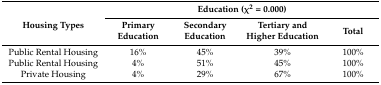
<table><thead><tr><td rowspan="2"><b>Housing Types</b></td><td colspan="4"><b>Education (χ<sup>2</sup> = 0.000)</b></td></tr><tr><td><b>Primary Education</b></td><td><b>Secondary Education</b></td><td><b>Tertiary and Higher Education</b></td><td><b>Total</b></td></tr></thead><tbody><tr><td>Public Rental Housing</td><td>16%</td><td>45%</td><td>39%</td><td>100%</td></tr><tr><td>Public Rental Housing</td><td>4%</td><td>51%</td><td>45%</td><td>100%</td></tr><tr><td>Private Housing</td><td>4%</td><td>29%</td><td>67%</td><td>100%</td></tr></tbody></table>